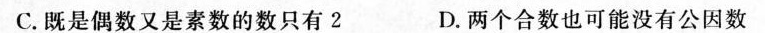
C.既是偶数又是素数的数只有2 D.两个合数也可能没有公因数